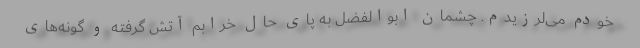
خودم می‌لرزیدم. چشمان ابوالفضل به پای حال خرابم آتش گرفته و گونه‌های